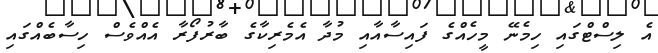
އެ ލިސްޓްގައި ހިމެނޭ މީހެއްގެ ފައިސާއާއި މުދާ އެމެރިކާގެ ބާރުފޯރާ އެއްވެސް ހިސާބެއްގައި